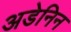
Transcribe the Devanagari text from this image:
अडेनिन